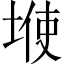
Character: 𱗆